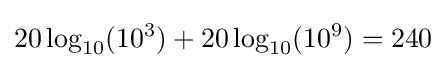
20\log _{10}(10^{3})+20\log _{10}(10^{9})=240